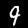
Label: 9